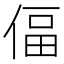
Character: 偪